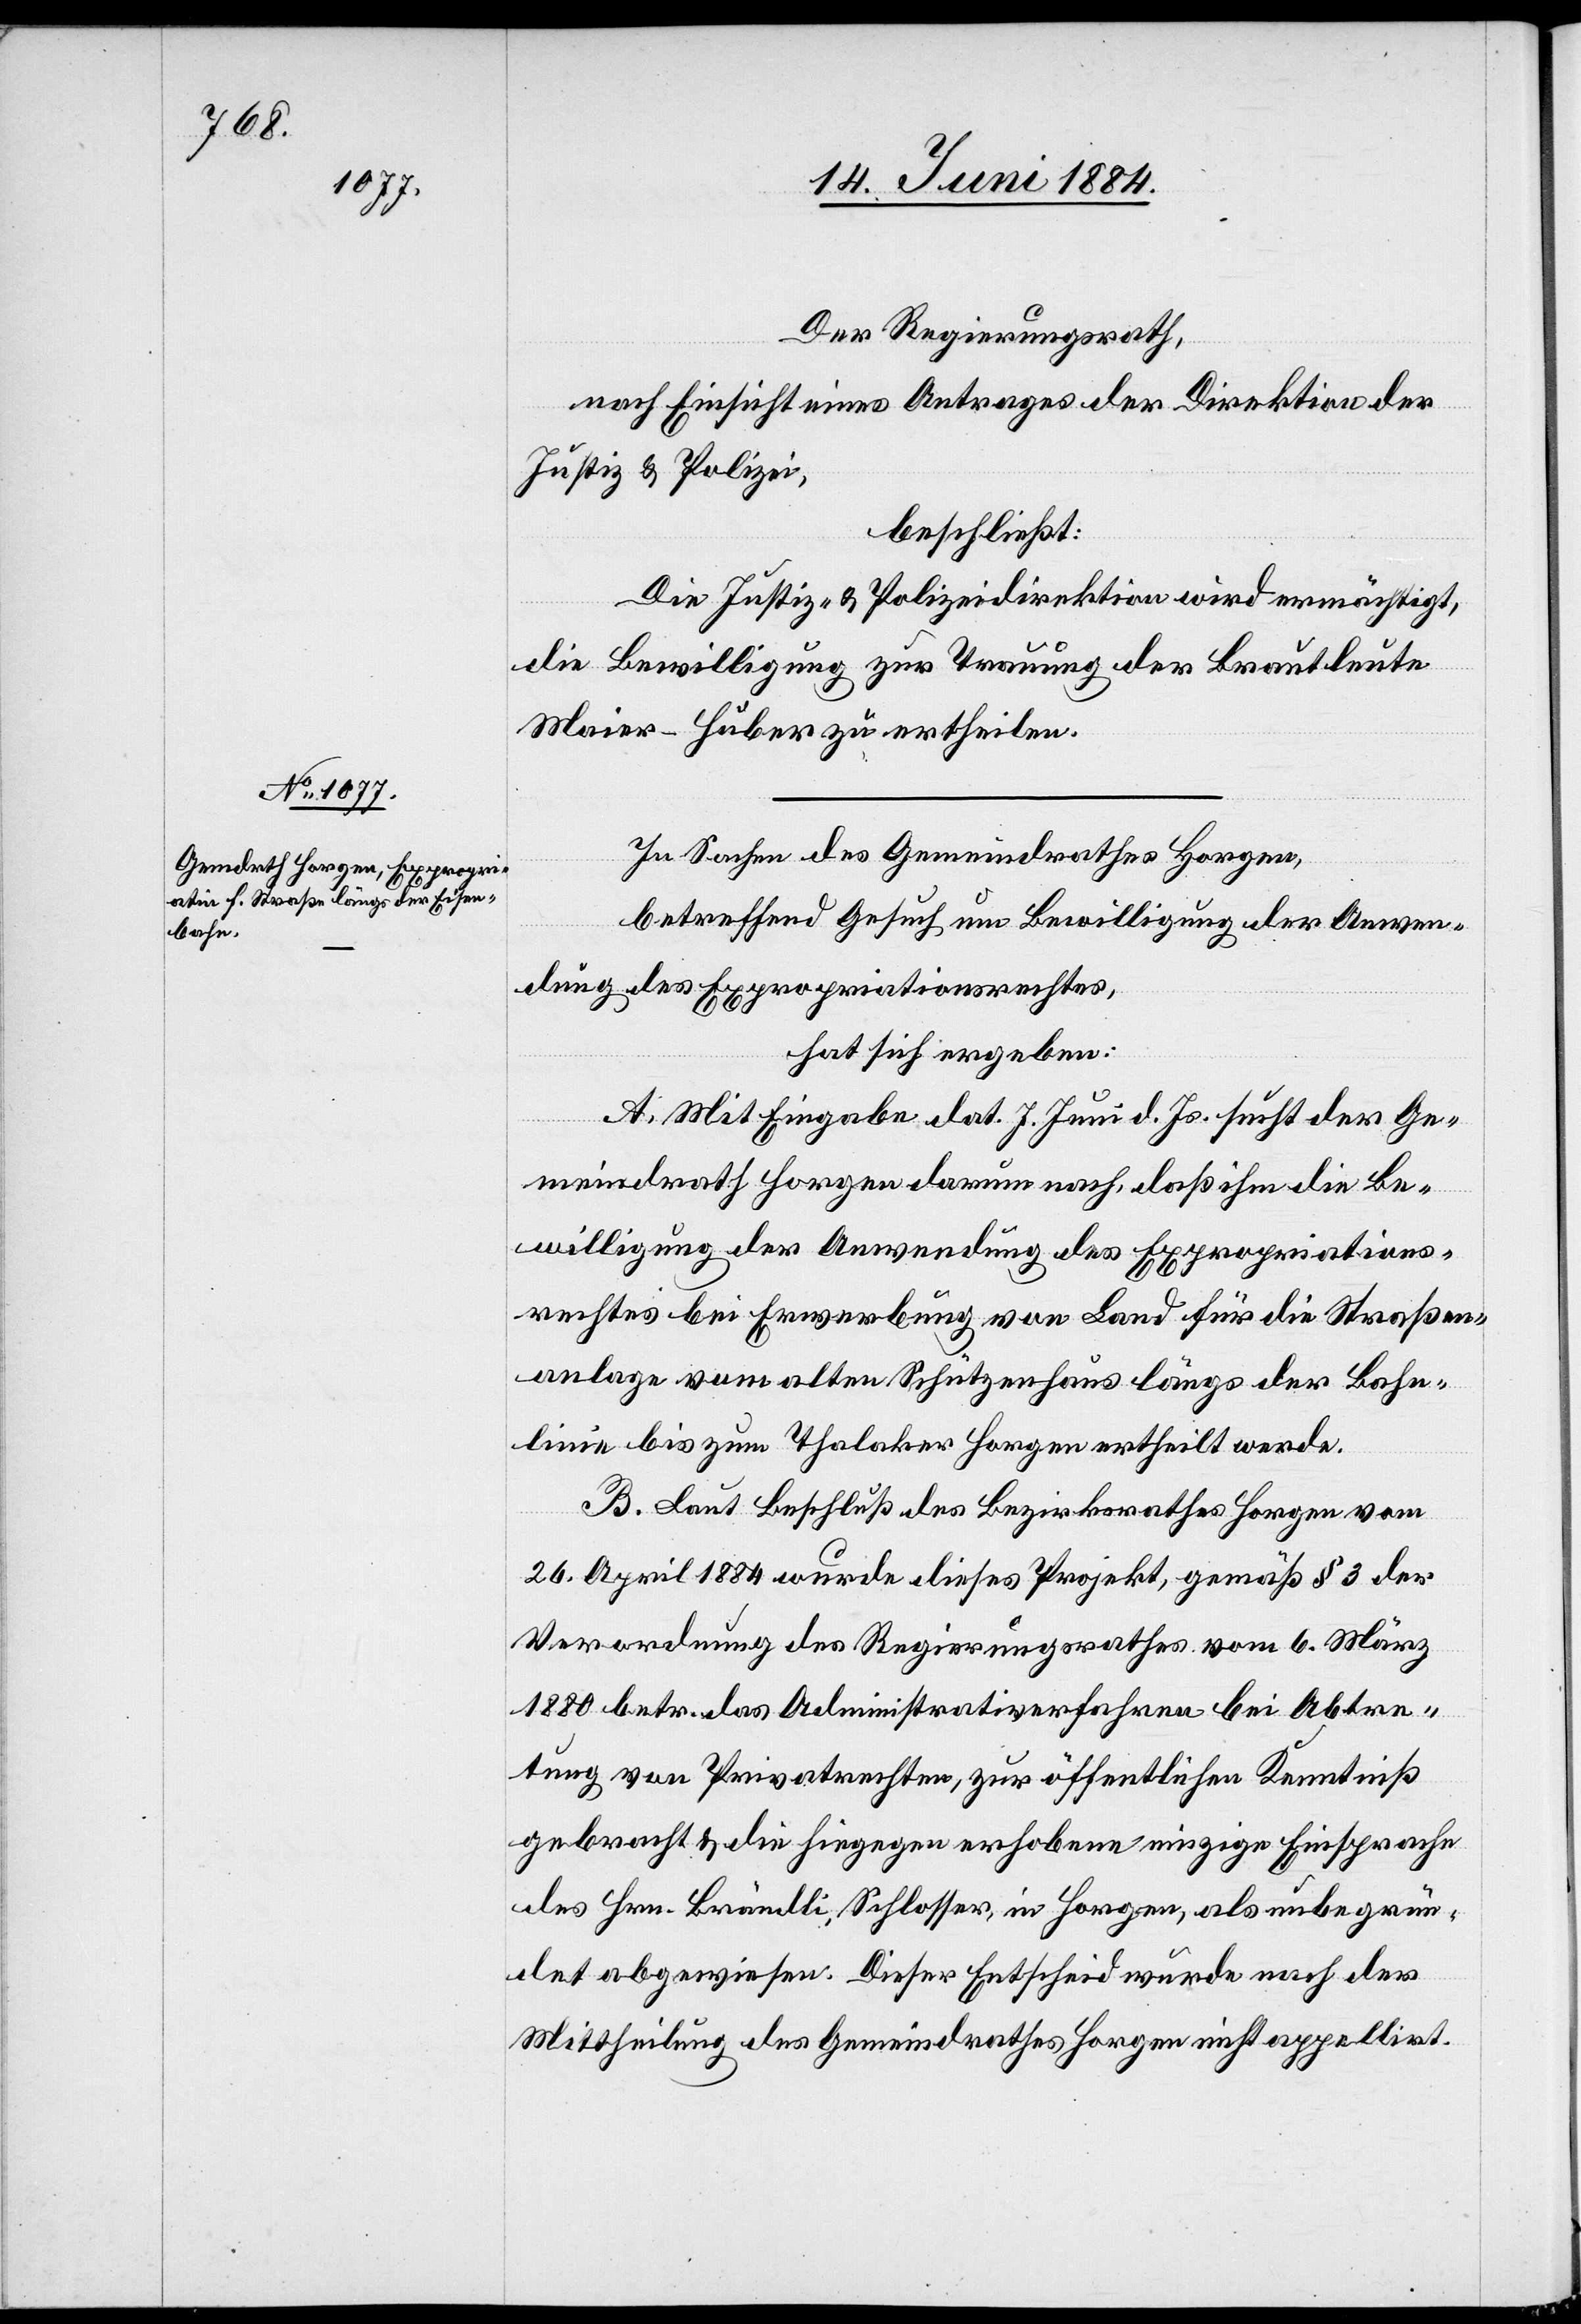
Der Regierungsrath,
nach Einsicht eines Antrages der Direktion der
Justiz & Polizei,
beschließt:
Die Justiz- & Polizeidirektion wird ermächtigt,
die Bewilligung zur Trauung der Brautleute
Maier-Huber zu ertheilen.
In Sachen des Gemeindrathes Horgen,
betreffend Gesuch um Bewilligung der Anwen¬
dung des Expropriationsrechtes,
hat sich ergeben:
A. Mit Eingabe dat. 7. Juni d. Js. sucht der Ge¬
meindrath Horgen darum nach, daß ihm die Be¬
willigung der Anwendung des Expropriations¬
rechtes bei Erwerbung von Land für die Straßen¬
anlage vom alten Schützenhaus längs der Bahn¬
linie bis zum Thalacker Horgen ertheilt werde.
B. Laut Beschluß des Bezirksrathes Horgen vom
26. April 1884 wurde dieses Projekt, gemäß § 3 der
Verordnung des Regierungsrathes vom 6. März
1880 betr. das Administrativ[v]erfahren bei Abtre¬
tung von Privatrechten, zur öffentlichen Kenntniß
gebracht & die hiegegen erhobene einzige Einsprache
des Hrn. Brändli, Schlosser, in Horgen, als unbegrün¬
det abgewiesen. Dieser Entscheid wurde nach der
Mittheilung des Gemeindrathes Horgen nicht appellirt.